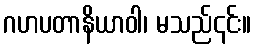
ဂဟပတာနိယာဝါ၊ မသည်၎င်း။